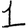
Digit: 1